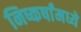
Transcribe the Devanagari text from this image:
निष्कर्षांमध्ये